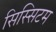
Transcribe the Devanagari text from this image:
सिस्सिटम